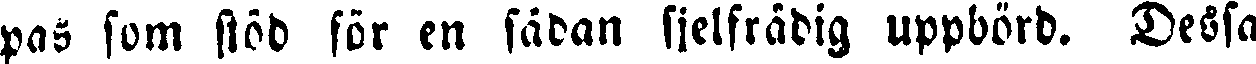
pas som stöd för en sådan sjelfrädig uppbörd. Dessa